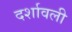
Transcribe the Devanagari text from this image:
दर्शावली